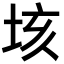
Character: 垓